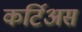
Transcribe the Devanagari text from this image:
कर्टिअस